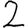
Digit: 2